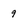
Character: 9